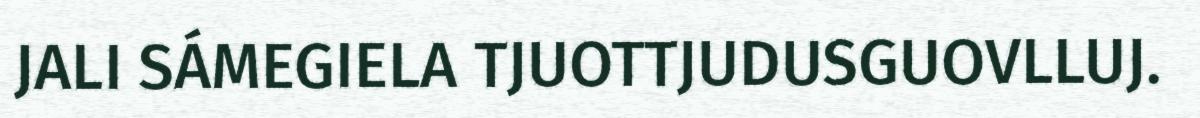
JALI SÁMEGIELA TJUOTTJUDUSGUOVLLUJ.